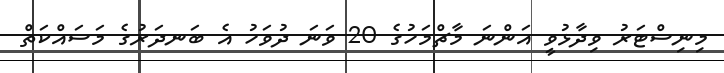
މިނިސްޓަރު ވިދާޅުވީ އަންނަ މާޗްމަހުގެ 20 ވަނަ ދުވަހު އެ ބަނދަރުގެ މަސައްކަތް